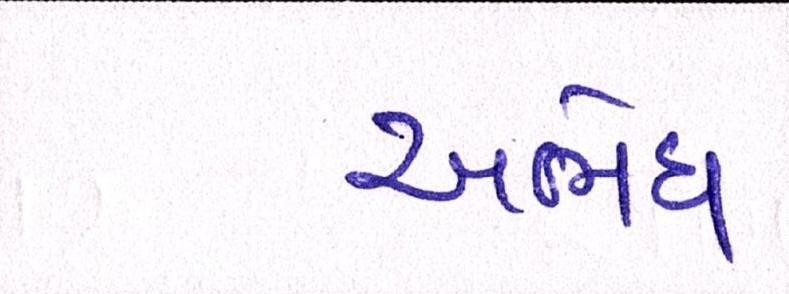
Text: અભેધ